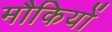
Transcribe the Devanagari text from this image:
मौकियों